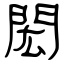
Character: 閎